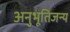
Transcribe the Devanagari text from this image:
अनुभूतिजन्य